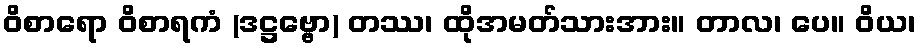
ဝိစာရော ဝိစာရကံ (ဒဋ္ဌဗ္ဗော) တဿ၊ ထိုအမတ်သားအား။ တာလ၊ ပေ။ ဝိယ၊